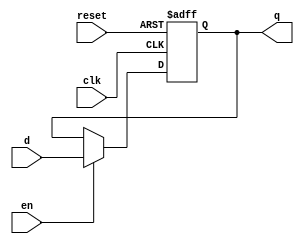
`timescale 1ns / 1ps
//////////////////////////////////////////////////////////////////////////////////
// Company: 
// Engineer: 
// 
// Design Name: 
// Module Name: dff_reset_en_2seg
// Project Name: 
// Target Devices: 
// Tool Versions: 
// Description: 
// 
// Dependencies: 
// 
// Revision:
// Revision 0.01 - File Created
// Additional Comments:
// 
//////////////////////////////////////////////////////////////////////////////////



 module dff_reset_en_2seg  
     (
       input  clk,reset,
        input  en,
        input  d,
       output  reg  q  
   );
     reg r_reg,r_next;
     always @(posedge clk,posedge reset) 
       begin   
         if (reset)    
r_reg <= 1'b0;
         else 
           r_reg <= r_next; 
       end

     //next-state logic
     always @*
       begin
         if (en)
           r_next = d;
        else
           r_next = r_reg;
       end
     //output logic 
     always @*
        q = r_reg;
    endmodule